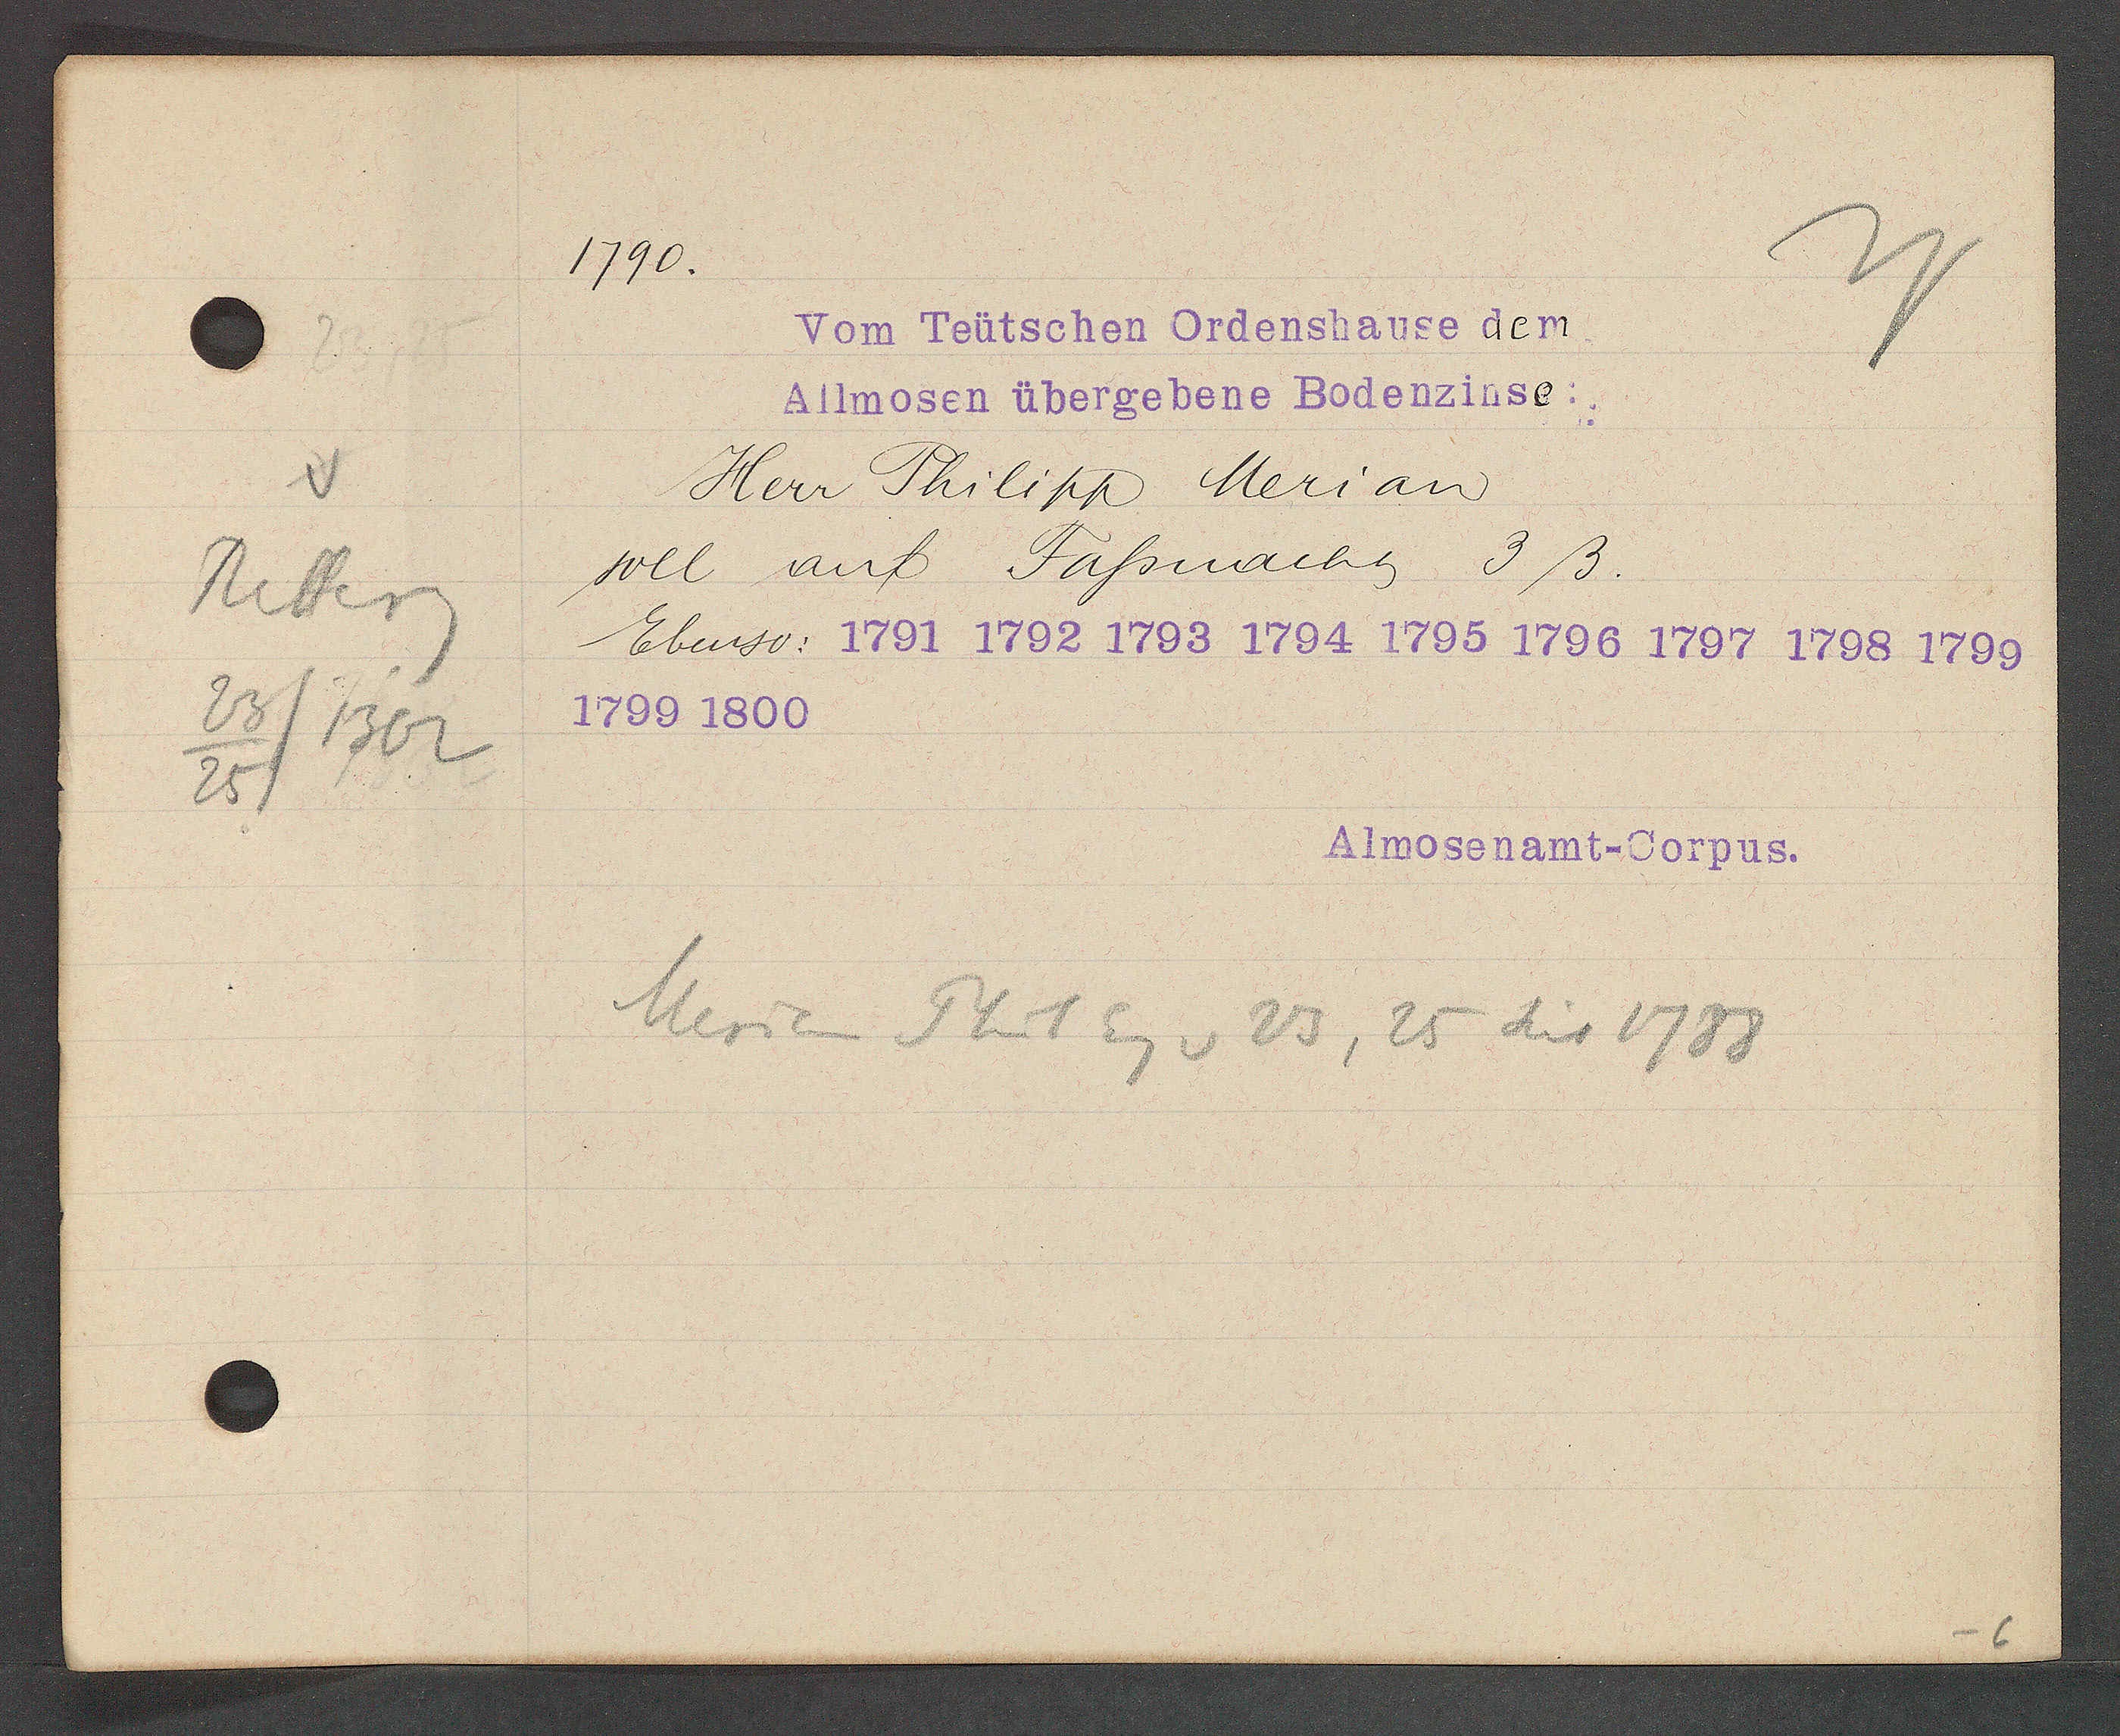
Transcript:
Ritterg
23/1302
25

1790.

Vom Teütschen Ordenshause dem
Allmosen übergebene Bodenzinse:
Herr Philipp Merian
soll auf Fassnacht 3ß.
Ebenso: 1791 1792 1793 1794 1795 1796 1797 1798 1799
1799 1800

Almosenamt-Corpus.

Merian Phil Eg v 23, 25 seit 1788